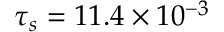
\tau _ { s } = 1 1 . 4 \times 1 0 ^ { - 3 }